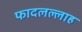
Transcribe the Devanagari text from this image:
फादलल्लाह